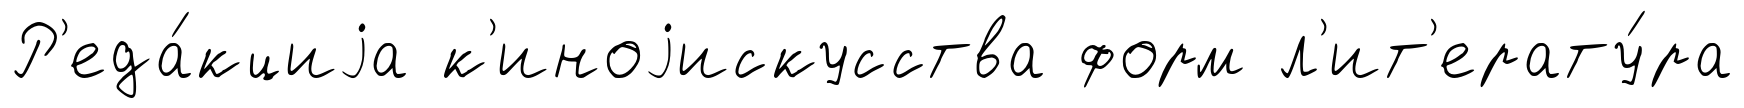
Р'еда́кциjа к'иноjискусства форм л'ит'ерату́ра